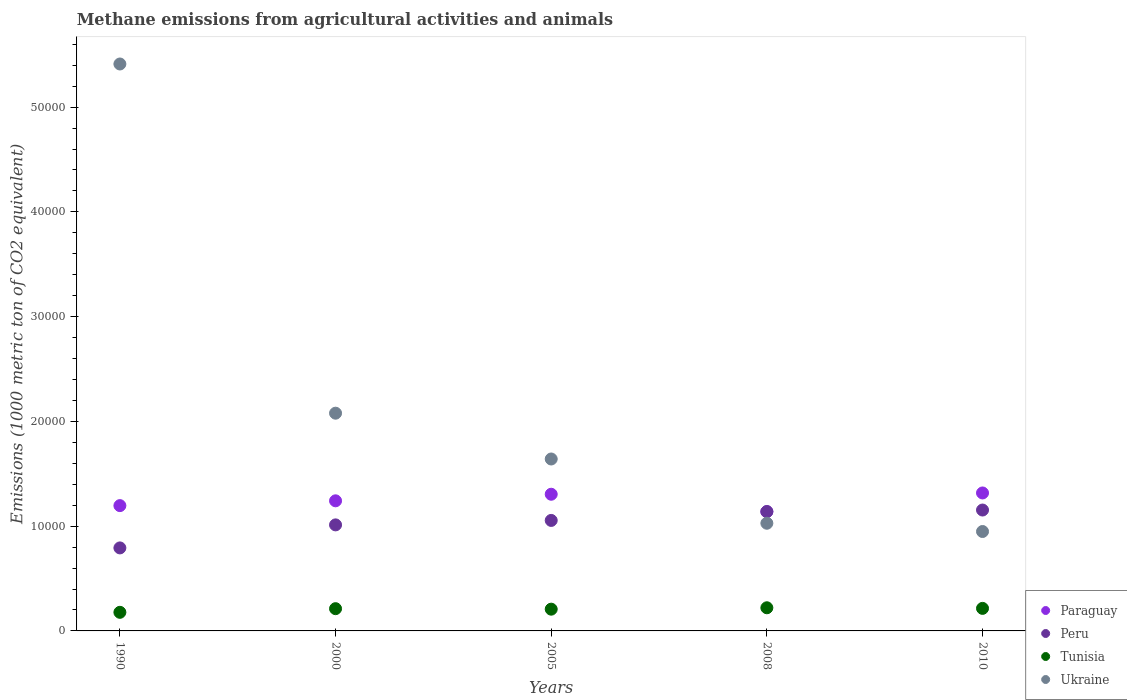
| Years | Paraguay | Peru | Tunisia | Ukraine |
 | --- | --- | --- | --- | --- |
 | 1990 | 1.2e+04 | 7.92e+03 | 1.78e+03 | 5.41e+04 |
 | 2000 | 1.24e+04 | 1.01e+04 | 2.12e+03 | 2.08e+04 |
 | 2005 | 1.3e+04 | 1.05e+04 | 2.08e+03 | 1.64e+04 |
 | 2008 | 1.14e+04 | 1.14e+04 | 2.21e+03 | 1.03e+04 |
 | 2010 | 1.32e+04 | 1.15e+04 | 2.15e+03 | 9.49e+03 |